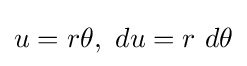
u=r\theta ,\ du=r\ d\theta